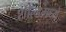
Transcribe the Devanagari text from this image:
शील्डमध्ये